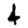
Digit: 4